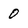
Character: 0